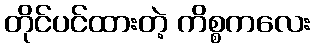
တိုင်ပင်ထားတဲ့ ကိစ္စကလေး